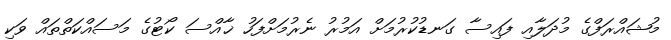
މުޝައްރަފްގެ މުދަލާއި ފައިސާ ގަނޑުކުރުމަށް އަމުރު ނެރުމަށްފަހު ޚާއްސަ ކޯޓުގެ މަސައްކަތްތައް ވަކި